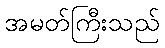
အမတ်ကြီးသည်